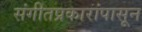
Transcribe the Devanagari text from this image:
संगीतप्रकारांपासून